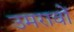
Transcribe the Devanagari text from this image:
उमरावों